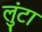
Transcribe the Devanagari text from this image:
लुंटा